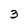
Character: 3